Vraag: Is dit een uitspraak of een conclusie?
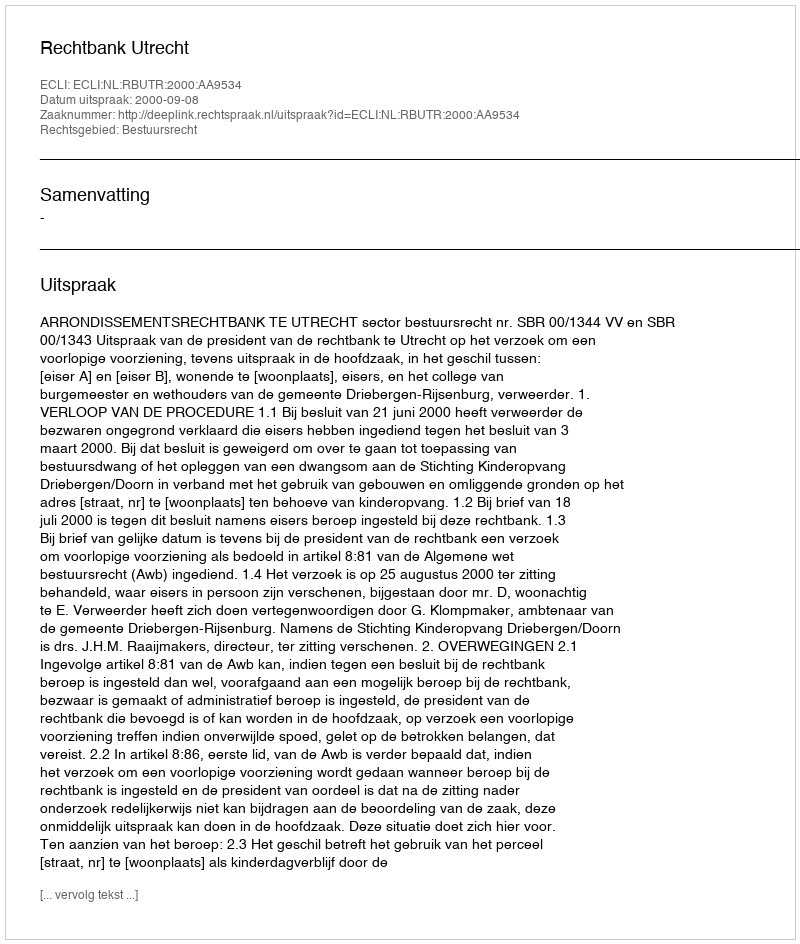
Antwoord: Uitspraak